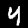
Digit: 4